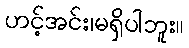
ဟင့်အင်း၊မရှိပါဘူး။